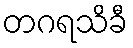
တဂရသိခီ